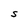
Character: S